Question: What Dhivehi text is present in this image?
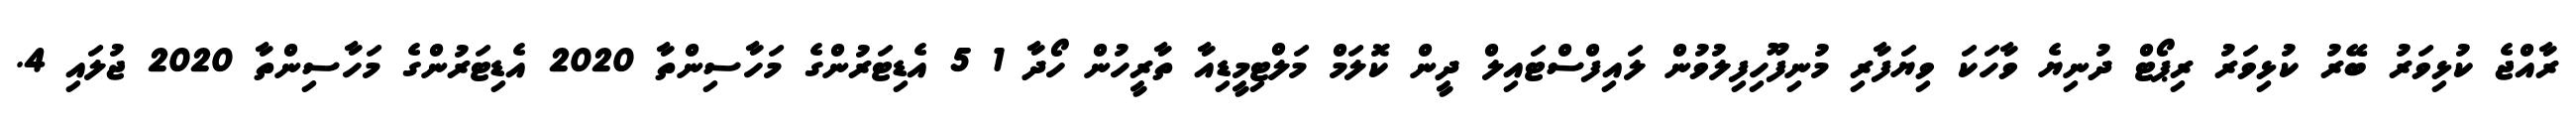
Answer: ރާއްޖެ ކުޅިވަރު ބޭރު ކުޅިވަރު ރިޕޯޓް ދުނިޔެ ވާހަކަ ވިޔަފާރި މުނިފޫހިފިލުވުން ލައިފްސްޓައިލް ދީން ކޮލަމް މަލްޓިމީޑިއާ ތާރީހުން ހޯދާ 1 5 އެޑިޓަރުންގެ މަހާސިންތާ 2020 އެޑިޓަރުންގެ މަހާސިންތާ 2020 ޖުލައި 4.